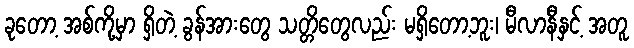
ခုတော့ အစ်ကို့မှာ ရှိတဲ့ ခွန်အားတွေ သတ္တိတွေလည်း မရှိတော့ဘူး၊ မီလာနီနှင့် အတူ